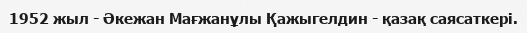
1952 жыл - Әкежан Мағжанұлы Қажыгелдин - қазақ саясаткері.